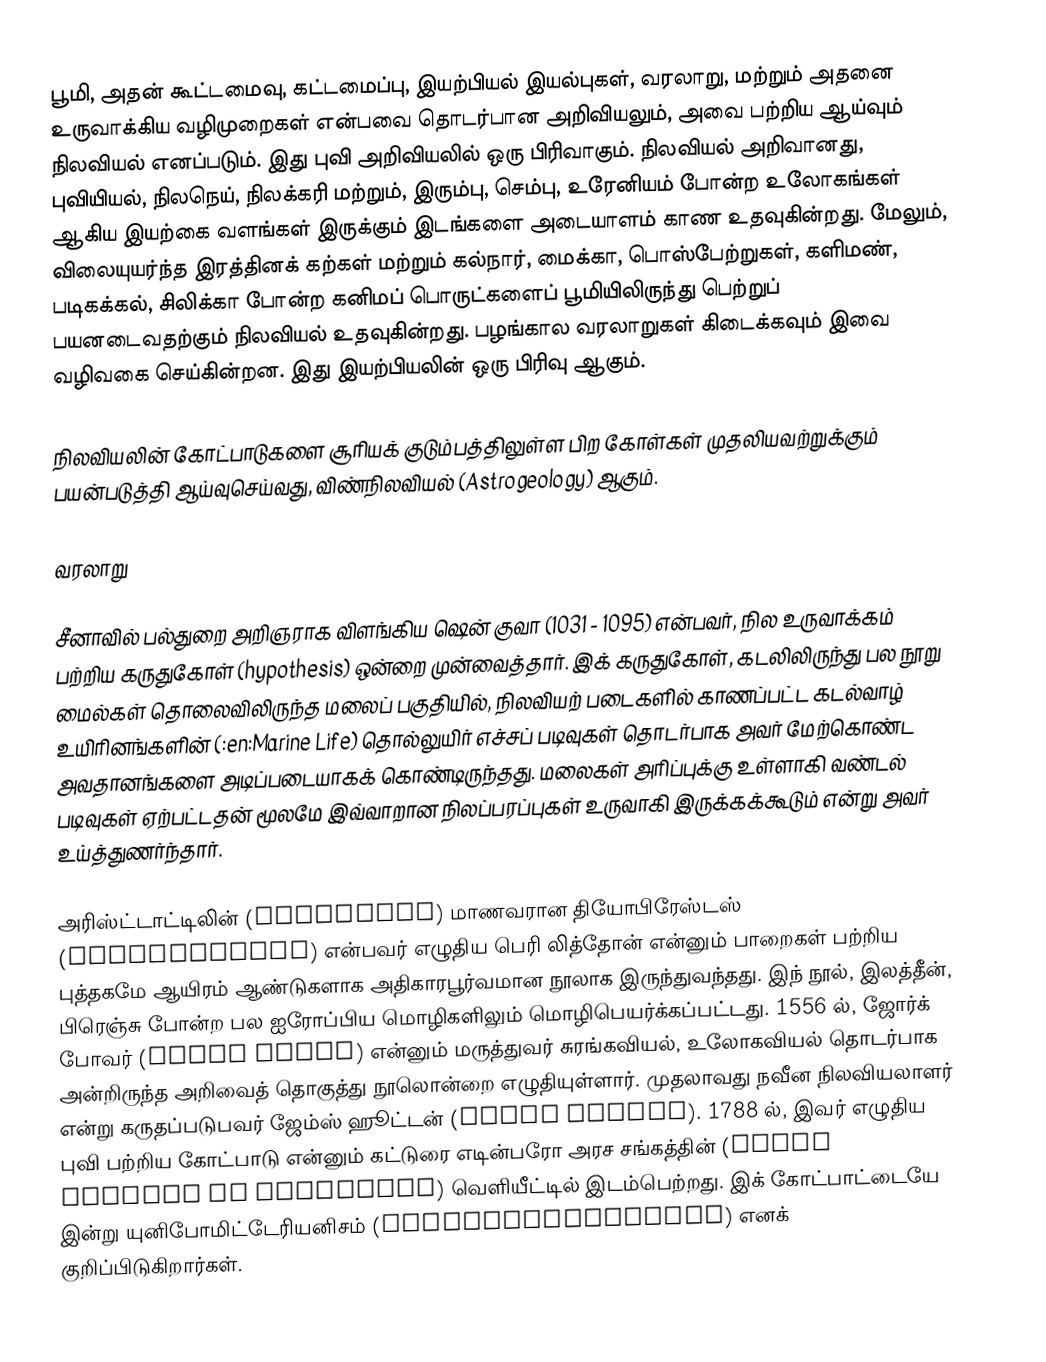
பூமி, அதன் கூட்டமைவு, கட்டமைப்பு, இயற்பியல் இயல்புகள், வரலாறு, மற்றும் அதனை உருவாக்கிய வழிமுறைகள் என்பவை தொடர்பான அறிவியலும், அவை பற்றிய ஆய்வும் நிலவியல் எனப்படும். இது புவி அறிவியலில் ஒரு பிரிவாகும். நிலவியல் அறிவானது, புவியியல், நிலநெய், நிலக்கரி மற்றும், இரும்பு, செம்பு, உரேனியம் போன்ற உலோகங்கள் ஆகிய இயற்கை வளங்கள் இருக்கும் இடங்களை அடையாளம் காண உதவுகின்றது. மேலும், விலையுயர்ந்த இரத்தினக் கற்கள் மற்றும் கல்நார், மைக்கா, பொஸ்பேற்றுகள், களிமண், படிகக்கல், சிலிக்கா போன்ற கனிமப் பொருட்களைப் பூமியிலிருந்து பெற்றுப் பயனடைவதற்கும் நிலவியல் உதவுகின்றது. பழங்கால வரலாறுகள் கிடைக்கவும் இவை வழிவகை செய்கின்றன. இது இயற்பியலின் ஒரு பிரிவு ஆகும்.

நிலவியலின் கோட்பாடுகளை சூரியக் குடும்பத்திலுள்ள பிற கோள்கள் முதலியவற்றுக்கும் பயன்படுத்தி ஆய்வுசெய்வது, விண்நிலவியல் (Astrogeology) ஆகும்.

வரலாறு

சீனாவில் பல்துறை அறிஞராக விளங்கிய ஷென் குவா (1031 - 1095) என்பவர், நில உருவாக்கம் பற்றிய கருதுகோள் (hypothesis) ஒன்றை முன்வைத்தார். இக் கருதுகோள், கடலிலிருந்து பல நூறு மைல்கள் தொலைவிலிருந்த மலைப் பகுதியில், நிலவியற் படைகளில் காணப்பட்ட கடல்வாழ் உயிரினங்களின் (:en:Marine Life) தொல்லுயிர் எச்சப் படிவுகள் தொடர்பாக அவர் மேற்கொண்ட அவதானங்களை அடிப்படையாகக் கொண்டிருந்தது. மலைகள் அரிப்புக்கு உள்ளாகி வண்டல் படிவுகள் ஏற்பட்டதன் மூலமே இவ்வாறான நிலப்பரப்புகள் உருவாகி இருக்கக்கூடும் என்று அவர் உய்த்துணர்ந்தார்.

அரிஸ்ட்டாட்டிலின் (Aristotle) மாணவரான தியோபிரேஸ்டஸ் (Theophrastus) என்பவர் எழுதிய பெரி லித்தோன் என்னும் பாறைகள் பற்றிய புத்தகமே ஆயிரம் ஆண்டுகளாக அதிகாரபூர்வமான நூலாக இருந்துவந்தது. இந் நூல், இலத்தீன், பிரெஞ்சு போன்ற பல ஐரோப்பிய மொழிகளிலும் மொழிபெயர்க்கப்பட்டது. 1556 ல், ஜோர்க் போவர் (Georg Bauer) என்னும் மருத்துவர் சுரங்கவியல், உலோகவியல் தொடர்பாக அன்றிருந்த அறிவைத் தொகுத்து நூலொன்றை எழுதியுள்ளார். முதலாவது நவீன நிலவியலாளர் என்று கருதப்படுபவர் ஜேம்ஸ் ஹூட்டன் (James Hutton). 1788 ல், இவர் எழுதிய புவி பற்றிய கோட்பாடு என்னும் கட்டுரை எடின்பரோ அரச சங்கத்தின் (Royal Society of Edinburgh) வெளியீட்டில் இடம்பெற்றது. இக் கோட்பாட்டையே இன்று யுனிபோமிட்டேரியனிசம் (uniformitarianism) எனக் குறிப்பிடுகிறார்கள்.